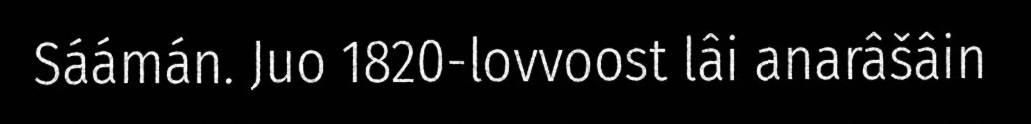
Sáámán. Juo 1820-lovvoost lâi anarâšâin